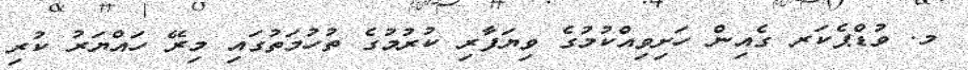
މ. ވުޑްޕެކަރ ގެއިން ހަށިވިއްކުމުގެ ވިޔަފާރި ކުރުމުގެ ތުހުމަތުގައި މިރޭ ހައްޔަރު ކުރި